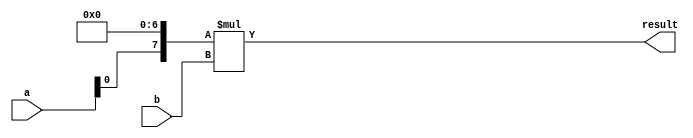
module matrix_multiplier #(
    parameter WIDTH = 8,
    parameter HEIGHT = 8
)
(
    input [WIDTH-1:0] a,
    input [WIDTH-1:0] b,
    output [WIDTH-1:0] result
);

reg [WIDTH-1:0] data[0:HEIGHT-1][0:HEIGHT-1];

genvar i, j;
generate
    for (i = 0; i < HEIGHT; i = i + 1) begin
        for (j = 0; j < HEIGHT; j = j + 1) begin
            assign data[i][j] = (i == 0) ? a << j : data[i-1][j] << 1;
        end
    end
endgenerate

assign result = data[HEIGHT-1][0] * b;

endmodule